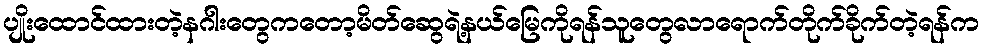
ပျိုးထောင်ထားတဲ့နဂါးတွေကတော့မိတ်ဆွေရဲ့နယ်မြေကိုရန်သူတွေလာရောက်တိုက်ခိုက်တဲ့ရန်က